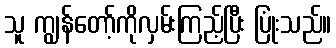
သူ ကျွန်တော့်ကိုလှမ်းကြည့်ပြီး ပြုံးသည်။